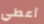
أعطي